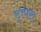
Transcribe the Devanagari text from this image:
ट्रापल